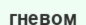
гневом